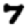
Digit: 7